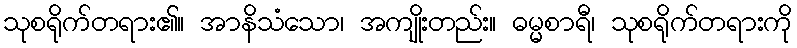
သုစရိုက်တရား၏။ အာနိသံသော၊ အကျိုးတည်း။ ဓမ္မစာရီ၊ သုစရိုက်တရားကို